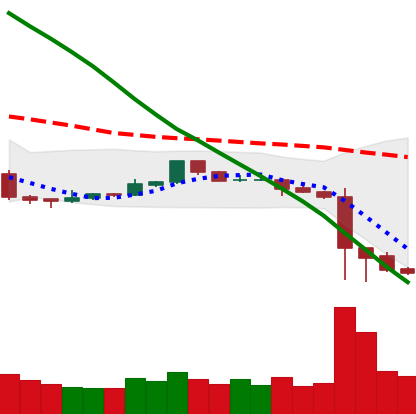
Ticker: ETC-USD
Chart end date: 2018-11-17
Forward return: -27.696%
Label: down_7plus